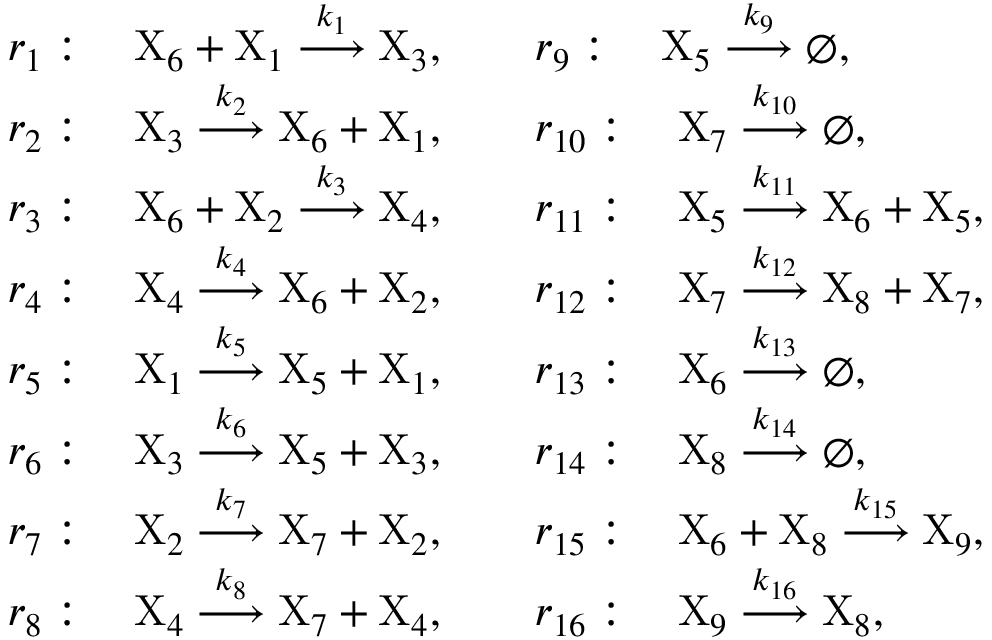
\begin{array} { r l } & { r _ { 1 } : \quad \mathrm { X } _ { 6 } + \mathrm { X } _ { 1 } \stackrel { k _ { 1 } } { \longrightarrow } \mathrm { X } _ { 3 } , \quad \quad r _ { 9 } : \quad \mathrm { X } _ { 5 } \stackrel { k _ { 9 } } { \longrightarrow } \varnothing , } \\ & { r _ { 2 } : \quad \mathrm { X } _ { 3 } \stackrel { k _ { 2 } } { \longrightarrow } \mathrm { X } _ { 6 } + \mathrm { X } _ { 1 } , \quad \quad r _ { 1 0 } : \quad \mathrm { X } _ { 7 } \stackrel { k _ { 1 0 } } { \longrightarrow } \varnothing , } \\ & { r _ { 3 } : \quad \mathrm { X } _ { 6 } + \mathrm { X } _ { 2 } \stackrel { k _ { 3 } } { \longrightarrow } \mathrm { X } _ { 4 } , \quad \quad r _ { 1 1 } : \quad \mathrm { X } _ { 5 } \stackrel { k _ { 1 1 } } { \longrightarrow } \mathrm { X } _ { 6 } + \mathrm { X } _ { 5 } , } \\ & { r _ { 4 } : \quad \mathrm { X } _ { 4 } \stackrel { k _ { 4 } } { \longrightarrow } \mathrm { X } _ { 6 } + \mathrm { X } _ { 2 } , \quad \quad r _ { 1 2 } : \quad \mathrm { X } _ { 7 } \stackrel { k _ { 1 2 } } { \longrightarrow } \mathrm { X } _ { 8 } + \mathrm { X } _ { 7 } , } \\ & { r _ { 5 } : \quad \mathrm { X } _ { 1 } \stackrel { k _ { 5 } } { \longrightarrow } \mathrm { X } _ { 5 } + \mathrm { X } _ { 1 } , \quad \quad r _ { 1 3 } : \quad \mathrm { X } _ { 6 } \stackrel { k _ { 1 3 } } { \longrightarrow } \varnothing , } \\ & { r _ { 6 } : \quad \mathrm { X } _ { 3 } \stackrel { k _ { 6 } } { \longrightarrow } \mathrm { X } _ { 5 } + \mathrm { X } _ { 3 } , \quad \quad r _ { 1 4 } : \quad \mathrm { X } _ { 8 } \stackrel { k _ { 1 4 } } { \longrightarrow } \varnothing , } \\ & { r _ { 7 } : \quad \mathrm { X } _ { 2 } \stackrel { k _ { 7 } } { \longrightarrow } \mathrm { X } _ { 7 } + \mathrm { X } _ { 2 } , \quad \quad r _ { 1 5 } : \quad \mathrm { X } _ { 6 } + \mathrm { X } _ { 8 } \stackrel { k _ { 1 5 } } { \longrightarrow } \mathrm { X } _ { 9 } , } \\ & { r _ { 8 } : \quad \mathrm { X } _ { 4 } \stackrel { k _ { 8 } } { \longrightarrow } \mathrm { X } _ { 7 } + \mathrm { X } _ { 4 } , \quad \quad r _ { 1 6 } : \quad \mathrm { X } _ { 9 } \stackrel { k _ { 1 6 } } { \longrightarrow } \mathrm { X } _ { 8 } , } \end{array}